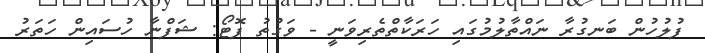
ފުލުހުން ބަނގުރާ ނައްތާލުމުގައި ހަރަކާތްތެރިވަނީ - ވަގުތު ފޮޓޯ: ޝަފްނާ ހުސައިން ހަތަރު